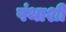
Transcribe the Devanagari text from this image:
पंथाशी